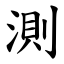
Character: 測